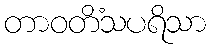
တာဝတိံသပရိသာ